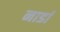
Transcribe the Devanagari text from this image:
नार्डा